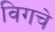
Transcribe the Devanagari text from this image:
विगचे